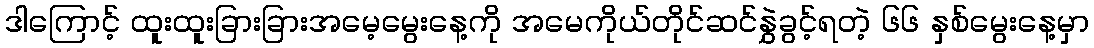
ဒါကြောင့် ထူးထူးခြားခြားအမေ့မွေးနေ့ကို အမေကိုယ်တိုင်ဆင်နွှဲခွင့်ရတဲ့ ၆၆ နှစ်မွေးနေ့မှာ